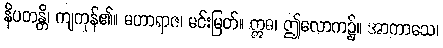
နိပတန္တိ၊ ကျကုန်၏။ မဟာရာဇ၊ မင်းမြတ်။ ဣဓ၊ ဤလောက၌။ အာကာသေ၊